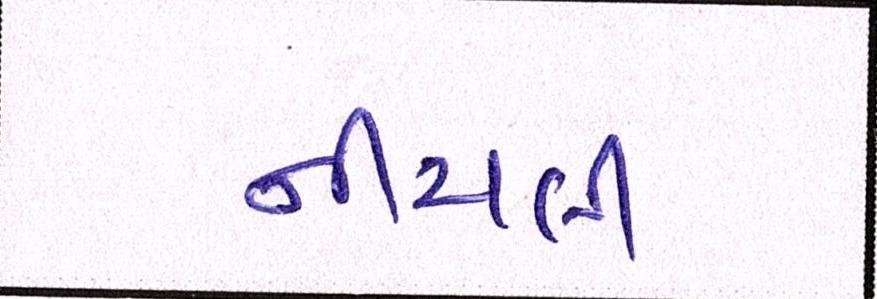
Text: નીચલી